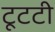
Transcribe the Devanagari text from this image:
टूटटी